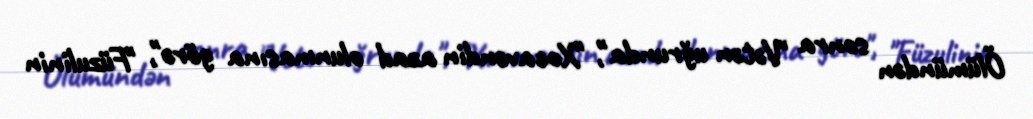
Ölümündən sonra "Vətən uğrunda", "Xocavəndin azad olunmasına görə", "Füzulinin